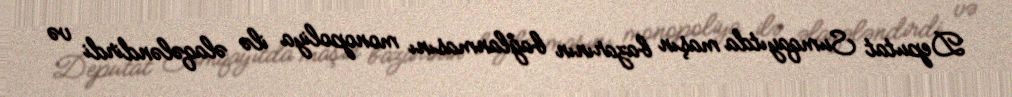
Deputat Sumqayıtda maşın bazarının bağlanmasını monopoliya ilə əlaqələndirdi və